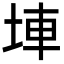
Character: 𡌄